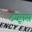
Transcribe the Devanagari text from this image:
ट्यूमस